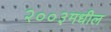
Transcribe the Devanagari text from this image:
२००३मधील